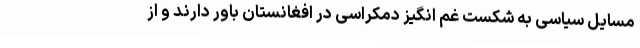
مسایل سیاسی به شکست غم انگیز دمکراسی در افغانستان باور دارند و از